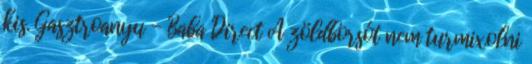
kis. Gasztroanyu - Baba Direct A zöldborsót nem turmixolni